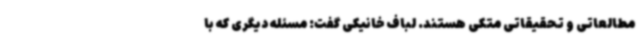
مطالعاتی و تحقیقاتی متکی هستند. لباف خانیکی گفت: مسئله دیگری که با